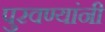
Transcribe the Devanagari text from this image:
पुरवण्यांनी